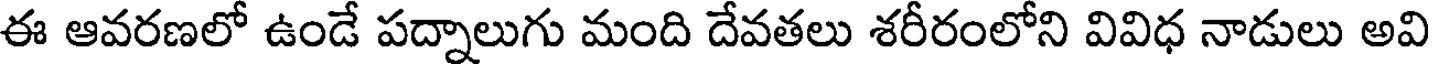
ఈ ఆవరణలో ఉండే పద్నాలుగు మంది దేవతలు శరీరంలోని వివిధ నాడులు అవి